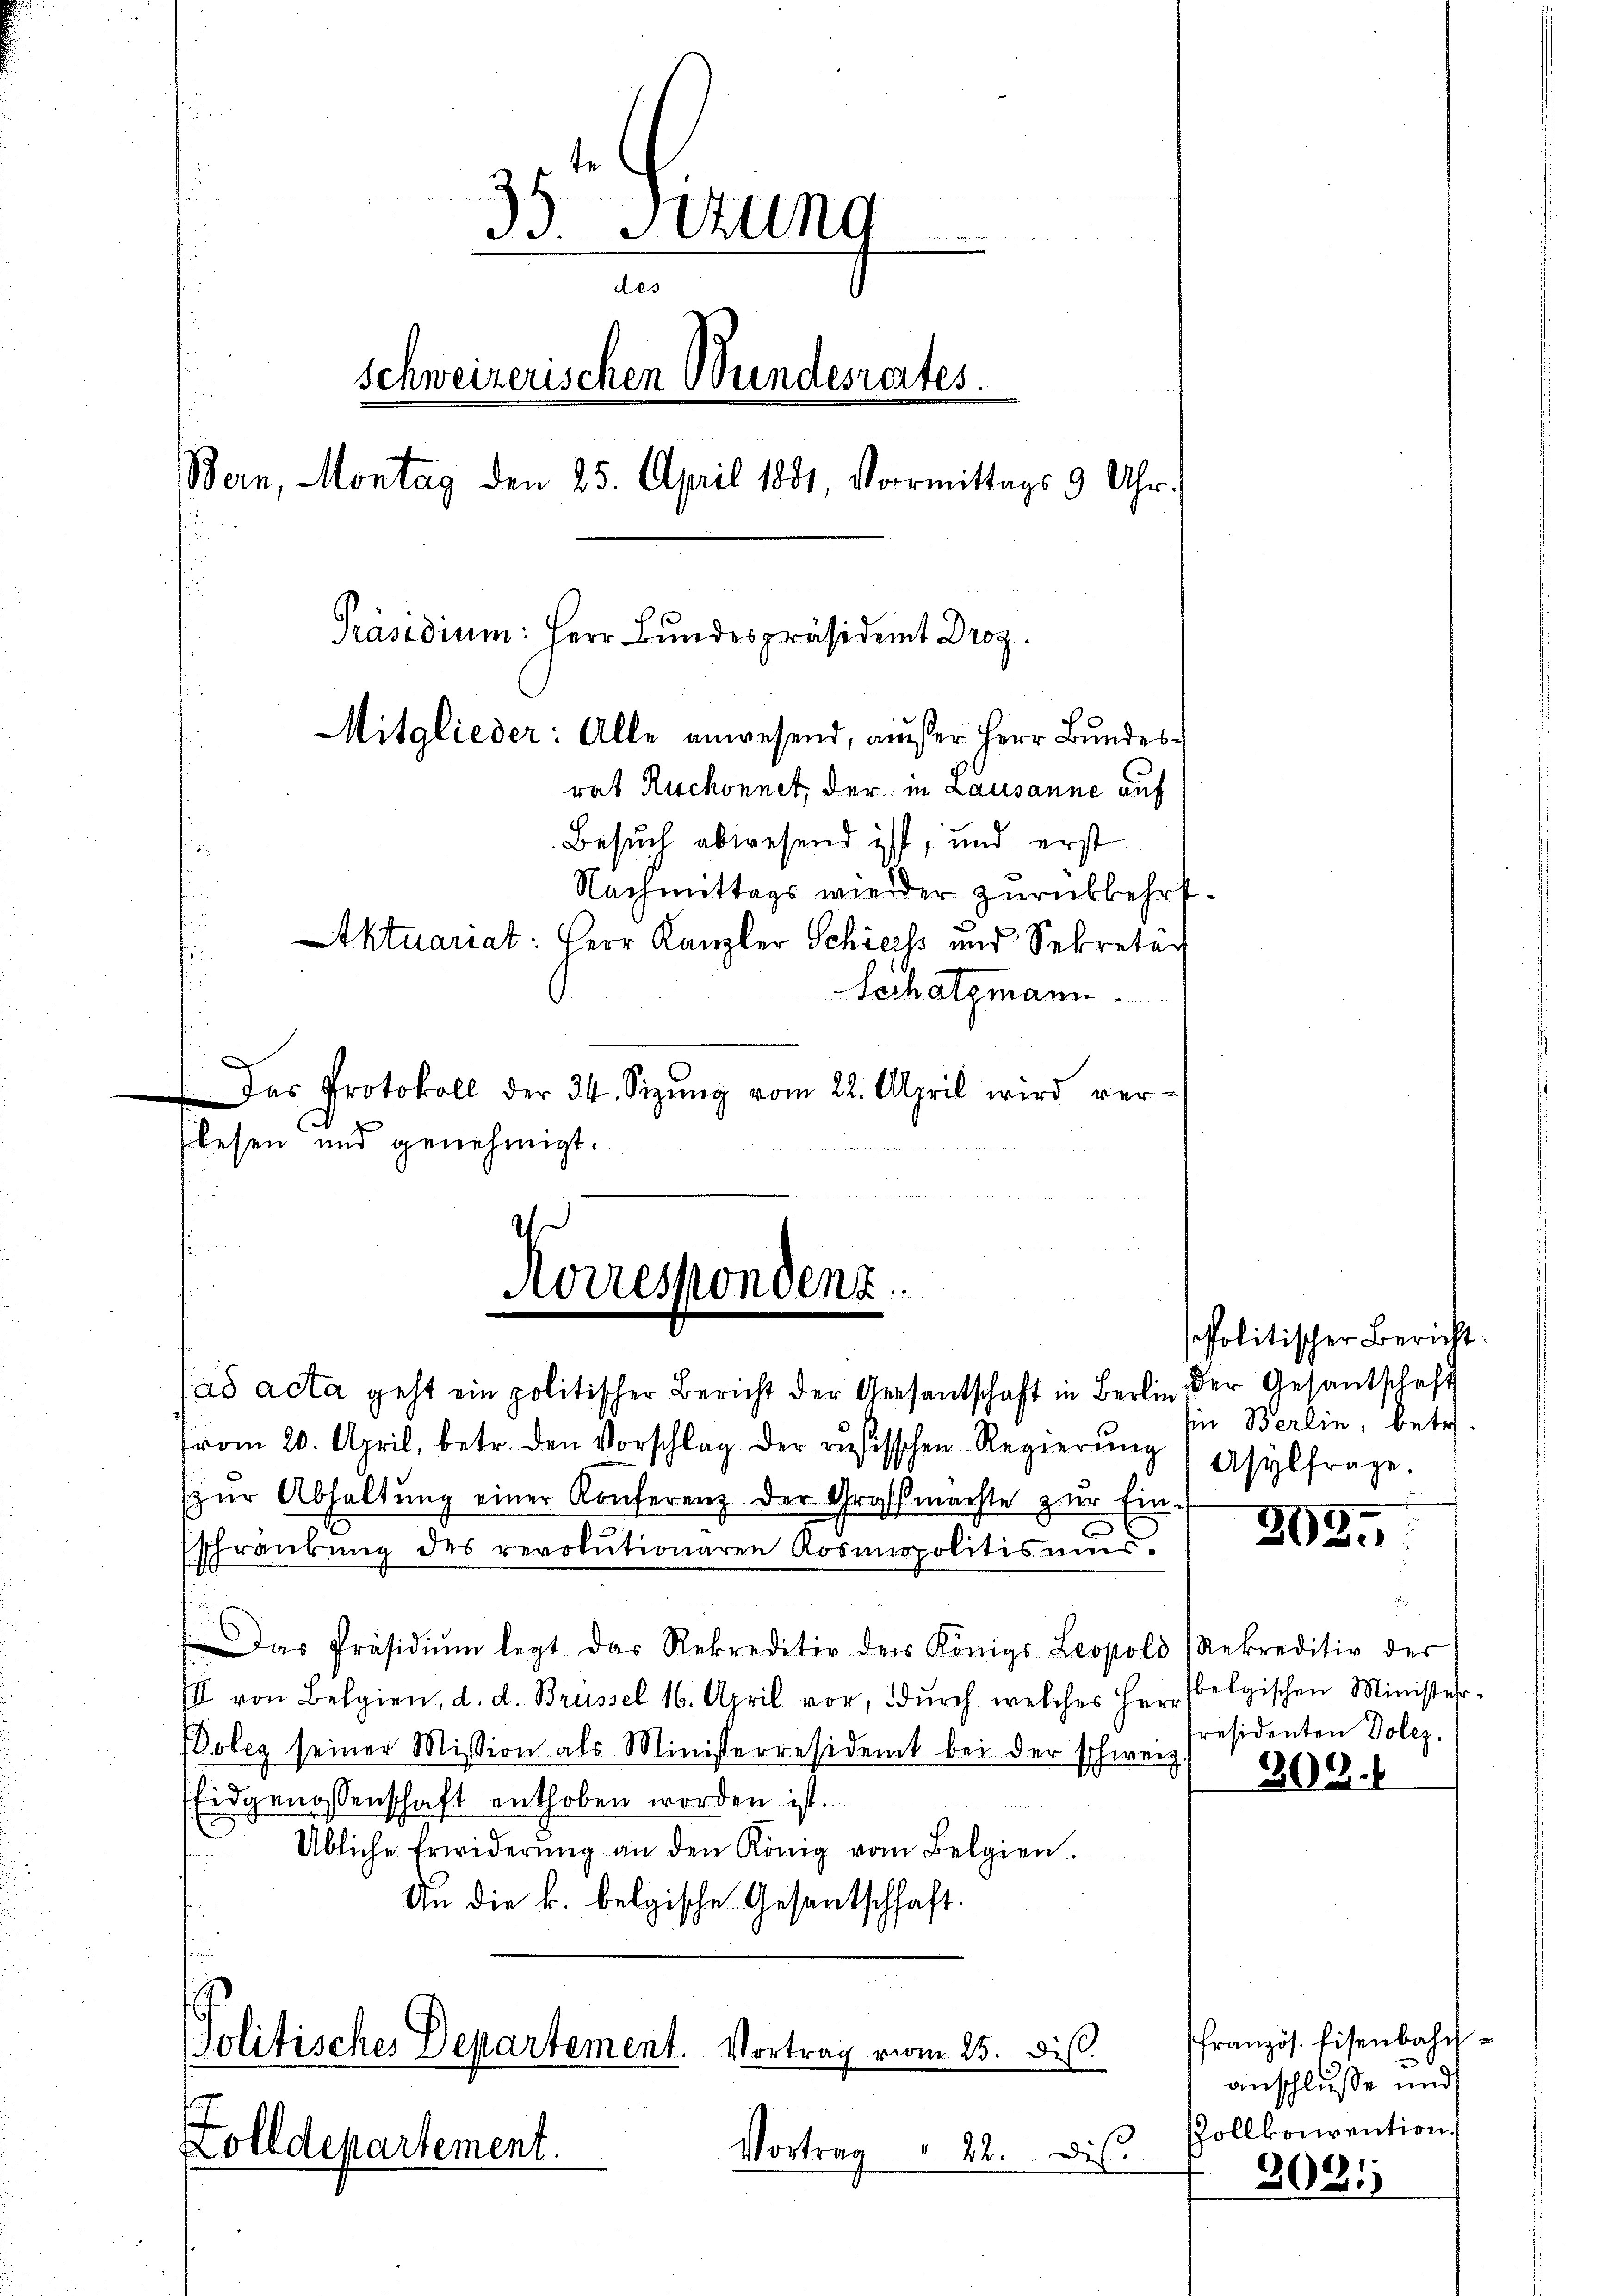
35. Sizung
des
Schweizerischen Wundesrentes.
Bern, Montag den 25. April 1881, Vormittags 9 Uhr.
Präsidium: Herr Bundespräsident Droz.
Mitglieder: Alle anwesend, ausser Herr Bundesrat Ruchonnet, der in Lausanne auf
Besuch abwesend ist, und erst
Nachmittags wieder zurückkehrt
Aktuariat: Herr Kanzler Schiess und Sekretär
Schatzmann.
Das Protokoll der 34. Sitzŭng vom 22. April wird ver¬

lesen und genehmigt.

Korrespondenz.

ad acta geht ein politischer Bericht der Geesentschaft in Berlin
vom 20. April, betr. den Vorschlag der rŭsisschen Regierŭng
zŭr Abhaltŭng einer Konferenz der Großmachte zŭr Ein-
E
schrankung des revolutionaren Rosinopolitis ums.
Das Präsidiŭm legt das Rekreditio der Königs. Leopold (Rekreditiv der
III. von Belgien, d. d. Brüssel 16. April vor, dŭrch welches Herr belgischen Minister-
Doleg seiner Mission als Ministerresident bei der schweiz.
Eidgenossenschaft enthoben worden ist.
Übliche Erwiderŭng an den König vom Belgien.
An die k. belgische Gesantschhaft.

¬

Zolldepartement.

Politisches Departement. Vortrag vom 25. di

Vortrag 22. Dis

e

spolitischer Bericht:
der Gesandschaft
hin Berlin, betr.
Asylfrage.

392.

residenten Dolez.
202.

französ. Eisenbahnanschlüsse und
Zollkonvention.

3021